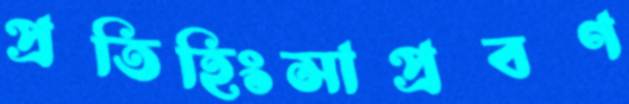
প্রতিহিংসাপ্রবণ